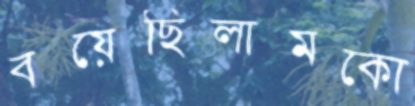
বয়েছিলামকো